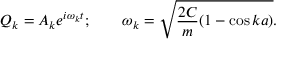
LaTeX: Q _ { k } = A _ { k } e ^ { i \omega _ { k } t } ; \qquad \omega _ { k } = { \sqrt { { \frac { 2 C } { m } } ( 1 - \cos { k a } ) } } .